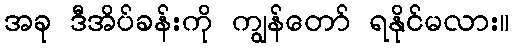
အခု ဒီအိပ်ခန်းကို ကျွန်တော် ရနိုင်မလား။